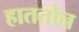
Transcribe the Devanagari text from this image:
हाततोन